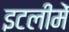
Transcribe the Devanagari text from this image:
इटलीमें